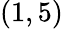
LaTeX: (1,5)